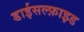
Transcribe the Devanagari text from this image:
डाईसल्फ़ाइड